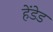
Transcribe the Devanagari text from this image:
हेंडेड